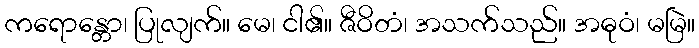
ကရောန္တော၊ ပြုလျက်။ မေ၊ ငါ၏။ ဇီဝိတံ၊ အသက်သည်။ အဓုဝံ၊ မမြဲ။